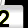
Digit: 2